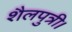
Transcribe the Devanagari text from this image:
शैलपुत्री।